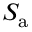
S _ { \mathrm { a } }